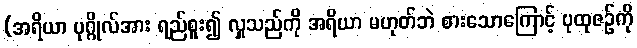
(အရိယာ ပုဂ္ဂိုလ်အား ရည်စူး၍ လှူသည်ကို အရိယာ မဟုတ်ဘဲ စားသောကြောင့် ပုထုဇဉ်ကို